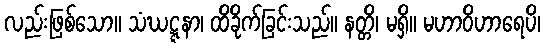
လည်းဖြစ်သော။ သံဃဋ္ဋနာ၊ ထိခိုက်ခြင်းသည်။ နတ္တိ၊ မရှိ။ မဟာဝိဟာရေပိ၊